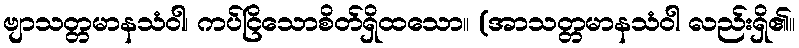
ဗျာသတ္တမာနသံဝါ၊ ကပ်ငြိသောစိတ်ရှိထသော။ (အာသတ္တမာနသံဝါ လည်းရှိ၏။